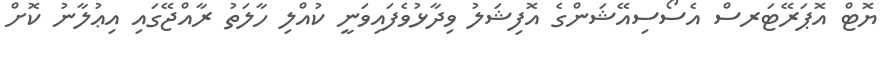
ޔޮޓް އޮޕަރޭޓަރސް އެސޯސިއޭޝަންގެ އޮފިޝަލު ވިދާޅުވެފައިވަނީ ކުއްލި ހާލަތު ރާއްޖޭގައި އިޢުލާނު ކޮށް